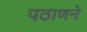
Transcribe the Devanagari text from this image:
पठाणने